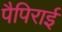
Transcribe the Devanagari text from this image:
पैपिराई